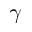
\gamma